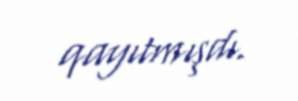
qayıtmışdı.